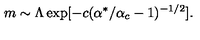
m \sim \Lambda \exp [ - c ( \alpha ^ { * } / \alpha _ { c } - 1 ) ^ { - 1 / 2 } ] .